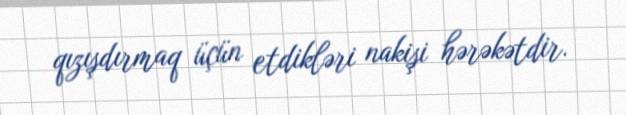
qızışdırmaq üçün etdikləri nakişi hərəkətdir.